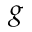
g